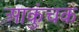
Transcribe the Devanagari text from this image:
आकुंचक